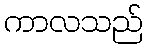
ကာလသည်